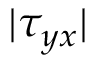
| \tau _ { y x } |